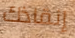
إنقاذك